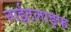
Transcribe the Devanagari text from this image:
नाईटलाइफ